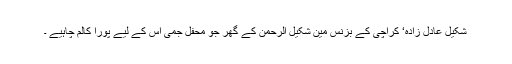
شکیل عادل زادہ‘ کراچی کے بزنس مین شکیل الرحمن کے گھر جو محفل جمی اس کے لیے پورا کالم چاہیے ۔